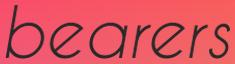
bearers